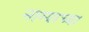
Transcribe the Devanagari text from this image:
नाग्याच्या